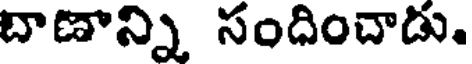
దాణాన్ని సందించాడు.